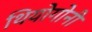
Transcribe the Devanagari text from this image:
थियोगोनी